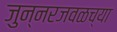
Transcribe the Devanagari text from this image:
जुन्‍नरजवळच्या